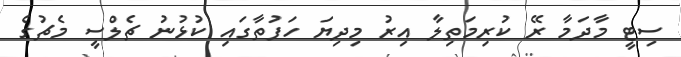
ސިޓީ މާދަމާ ރޭ ކުރިމަތިލާ އިރު މިދިޔަ ހަފުތާގައި ކުޅުނު ޗެލްސީ މެޗުގެ